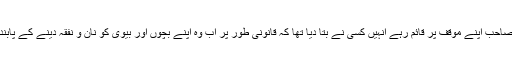
میاں صاحب اپنے موقف پر قائم رہے انہیں کسی نے بتا دیا تھا کہ قانونی طور پر اب وہ اپنے بچوں اور بیوی کو نان و نفقہ دینے کے پابند ہیں ۔